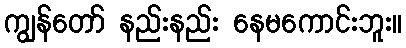
ကျွန်တော် နည်းနည်း နေမကောင်းဘူး။